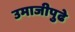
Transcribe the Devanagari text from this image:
उमाजीपुढे